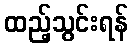
ထည့်သွင်းရန်